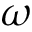
\omega